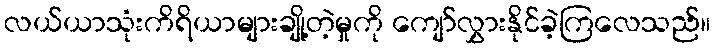
လယ်ယာသုံးကိရိယာများချို့တဲ့မှုကို ကျော်လွှားနိုင်ခဲ့ကြလေသည်။